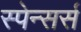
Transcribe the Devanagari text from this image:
स्पेन्सर्स